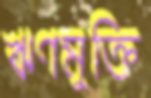
ঋণমুক্তি